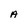
Character: A